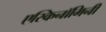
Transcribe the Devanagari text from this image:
एस्किनॉमिनी